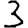
Digit: 3